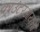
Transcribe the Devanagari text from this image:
काउंटरआयनों